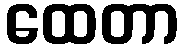
ထေတာ